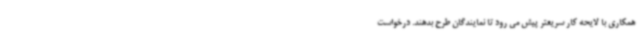
همکاری با لایحه کار سریعتر پیش می رود تا نمایندگان طرح بدهند. درخواست